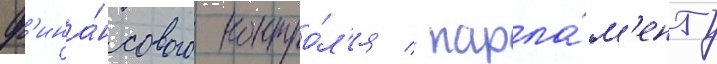
ф'ина́нсового контро́л'я / парла́м'енту